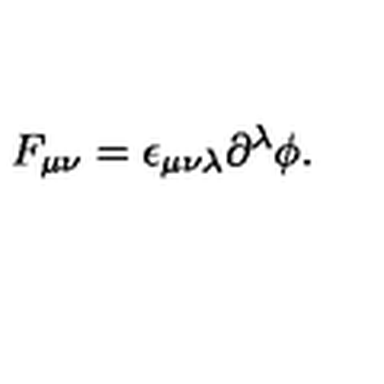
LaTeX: F _ { \mu \nu } = \epsilon _ { \mu \nu \lambda } \partial ^ { \lambda } \phi .